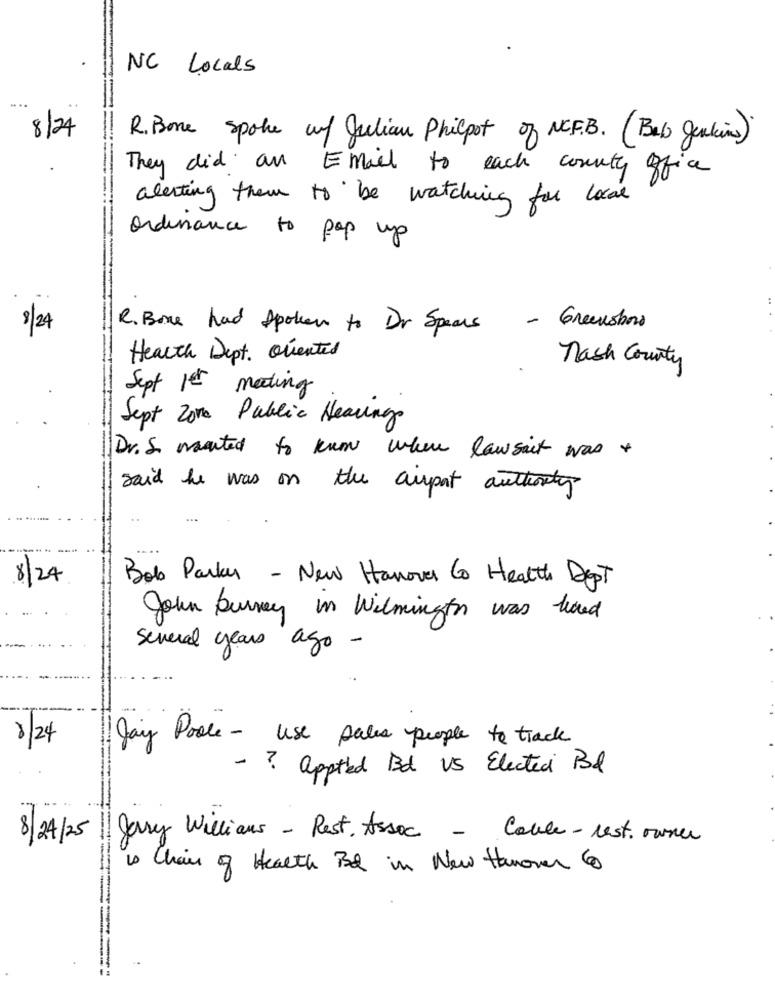
NC Locals
8/24
R. Bone spoke of Julian Philpot of NCF.B. (Beb Jenkins).
They did an Email to each county office
alerting them to be watching for local
ordinance to pop up
8/24
R. Bone had spoken to Dr Spears
- Greensboro
Health Dept. Quentes
nash County
Sept 1er meeting
Sept Zone Public Hearings
Dr. S. wanted to know where lawsuit was +
said he was on the auport authority
8/24
Bob Parks - New Hanover Co Health Dept
John burney in Wilmington was hand
Several years ago -
8/24
Jay Poole - use pales people to track
- ? apted Bd US Elected Bl
8 / 24 /25
gary Williams - Rest. Assoc - Cable-rest. owner
is Chair of Health Bd in New Hanover 6